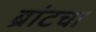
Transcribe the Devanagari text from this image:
ब्रांटचा